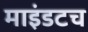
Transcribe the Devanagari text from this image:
माइंडटच